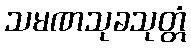
သမဏသုခသုတ္တံ